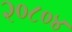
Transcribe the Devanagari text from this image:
२०८०४